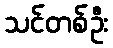
သင်တစ်ဦး